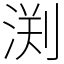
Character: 渕